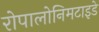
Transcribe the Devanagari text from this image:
रोपालोनिमटाइडे